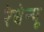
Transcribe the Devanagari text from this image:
रेबेन्यू